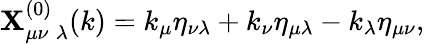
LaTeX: \mathbf{X}_{\mu\nu\; \lambda}^{(0)}(k)=k_{\mu}\eta_{\nu\lambda}+k_{\nu}\eta_{\mu\lambda}-k_{\lambda}\eta_{\mu\nu},